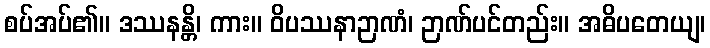
စပ်အပ်၏။ ဒဿနန္တိ၊ ကား။ ဝိပဿနာဉာဏံ၊ ဉာဏ်ပင်တည်း။ အဓိပတေယျ၊